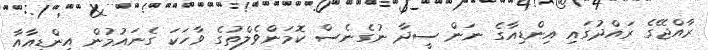
ރާއްޖޭގެ ރައްދުގައި އިންޑިއާގެ ނަން ސީދާ ނުގެނެސް ކޮމަންވެލްތުގެ ވާހަކަ ގެނައުމުން އިންޑިއާއާ